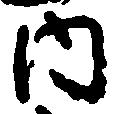
内